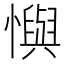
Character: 懙